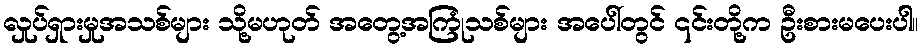
လှုပ်ရှားမှုအသစ်များ သို့မဟုတ် အတွေ့အကြုံသစ်များ အပေါ်တွင် ၎င်းတို့က ဦးစားမပေးပါ။